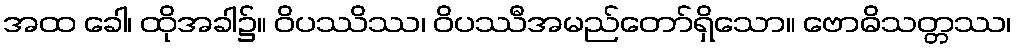
အထ ခေါ၊ ထိုအခါ၌။ ဝိပဿိဿ၊ ဝိပဿီအမည်တော်ရှိသော။ ဗောဓိသတ္တဿ၊